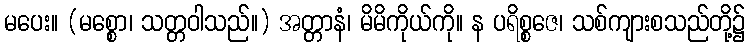
မပေး။ (မစ္စော၊ သတ္တဝါသည်။) အတ္တာနံ၊ မိမိကိုယ်ကို။ န ပရိစ္စဇေ၊ သစ်ကျားစသည်တို့၌